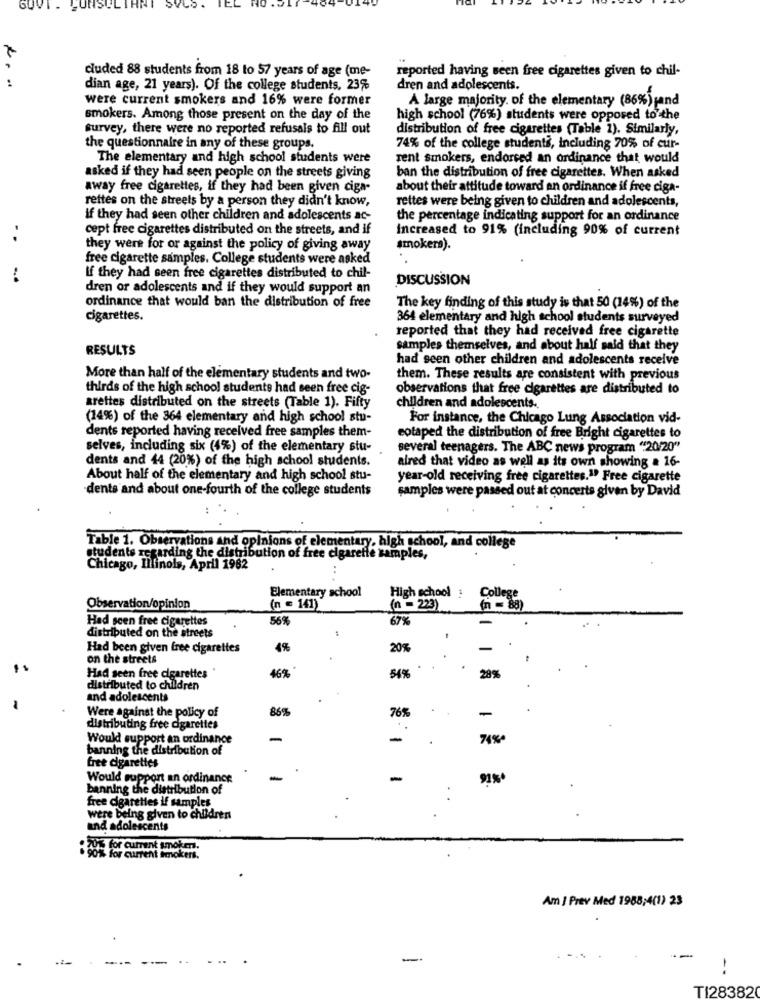
GUVI -
LUNS!
7
reported having seen free cigarettes given to chil-
:
cluded 88 students from 18 to 57 years of age (me-
dian age, 21 years). Of the college students, 23%
dren and adolescents.
were current smokers and 16% were former
A large majority of the elementary (86%) pand
smokers. Among those present on the day of the
high school (76%) students were opposed to the
survey, there were no reported refusals to fill out
distribution of free cigarettes (Table 1). Similarly,
the questionnaire in any of these groups.
74% of the college students, including 70% of cur-
The elementary and high school students were
rent smokers, endorsed an ordinance that would
asked if they had seen people on the streets giving
ban the distribution of free cigarettes. When asked
away free cigarettes, if they had been given ciga-
about their attitude toward an ordinance if free ciga-
rettes on the streets by a person they didn't know,
rettes were being given to children and adolescents,
if they had seen other children and adolescents ac-
the percentage indicating support for an ordinance
cept free cigarettes distributed on the streets, and if
Increased to 91% (including 90% of current
they were for or against the policy of giving away
smokers).
free cigarette samples. College students were asked
If they had seen free cigarettes distributed to chil-
DISCUSSION
dren or adolescents and if they would support an
ordinance that would ban the distribution of free
The key finding of this study is that 50 (14%) of the
cigarettes.
364 elementary and high school students surveyed
reported that they had received free cigarette
RESULTS
samples themselves, and about half said that they
had seen other children and adolescents receive
More than half of the elementary students and two-
them. These results are consistent with previous
thirds of the high school students had seen free cig-
observations that free cigarettes are distributed to
arettes distributed on the streets (Table 1). Fifty
children and adolescents ..
(14%) of the 364 elementary and high school stu-
For instance, the Chicago Lung Association vid-
dents reported having received free samples them-
eotaped the distribution of free Bright cigarettes to
selves, including six (4%) of the elementary stu-
several teenagers. The ABC news program "20/20"
dents and 44 (20%) of the high school students.
alred that video as well as its own showing a 16-
About half of the elementary and high school stu-
year-old receiving free cigarettes.1 Free cigarette
dents and about one-fourth of the college students
samples were passed out at concerts given by David
Table 1. Observations and opinions of elementary, high school, and college
students regarding the distribution of free cigareffe samples,
Chicago, Illinois, April 1982
..
Elementary school
High school
College
Observation/opinion
(n = 141)
(n = 223)
(n = 88)
Had seen free cigarettes
56%
67%
distributed on the streets
Had been given free cigarettes
4%
20%
on the streets
16%
Had seen free cigarettes
54%
28%%
distributed to children
and adolescents
86%
76%
Were against the policy of
-
distributing free cigarettes
Would support an ordinance
-
-
74%*
banning the distribution of
free cigarettes
Would support an ordinance
-
-
91%*
banning the distribution of
free cigarettes if samples
were being given to children
and adolescents
:70's for current!
90% for current smokers.
Am | Prev Med 1988;4(1) 23
-
. .
TI28382